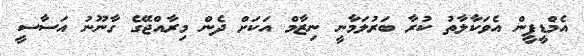
އެމްޑީޕީން އެވަކާލާތު ކުރާ ބަރުލަމާނީ ނިޒާމް އަކަށް ދެން މިރާއްޖޭގެ ގާނޫނު އަސާސީ